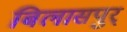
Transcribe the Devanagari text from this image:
बिलासपुर्